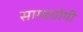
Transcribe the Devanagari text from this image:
साम्ययोगी